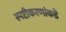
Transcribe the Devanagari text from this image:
स्पष्टीकरणांकडे